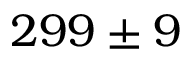
{ 2 9 9 \pm 9 }